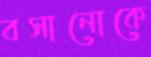
বসানোকে